system: You are a helpful assistant.
user:
Analyze the provided spectrum to determine if it is a **M-type Giant (gM)**.

A M-type Giant spectrum is defined by its **strong molecular absorption** features, particularly from **Titanium Oxide (TiO)**. You must check for one of the following mutually exclusive signatures:

- **Key Visual Indicators (Absorption-Dominated Spectrum):**

    - **(Primary):** The spectrum is dominated by strong molecular absorption from **Titanium Oxide (TiO)**. This is the **defining feature** of its M-type temperature class.
        - **(Key Bandheads):** Look for sharp, "saw-tooth" absorption valleys. The strongest are located near **~7050 Å**, **~6160 Å**, and **~5170 Å**.
        - **(Line Profile):** The "saw-tooth" morphology is critical: a **sharp, steep drop on the BLUE (short-wavelength) side** of the bandhead, followed by a gradual recovery (rising flux) towards the RED (long-wavelength) side.

    - **(Key Confirmation - Giant vs. Dwarf):** **ABSENCE** of strong **Calcium Hydride (CaH)** molecular bands. This is the primary diagnostic for *excluding* M-dwarfs.
        - **(Key Region):** The spectrum should lack the strong, broad absorption band seen in dwarfs between **~6800 Å and ~7000 Å**.

    - **(Secondary Confirmation - Giant):** A very strong and broad **Neutral Calcium (Ca I)** atomic absorption line.
        - **(Key Line):** Located at **~4226 Å**. In a giant (gM), this line is significantly deeper and broader than the same line in an M-dwarf (dM) due to low surface gravity.

    - **(Overall Spectrum):**
        - The continuum is **extremely red-sloping** (i.e., flux is very low in the blue and rises dramatically towards the red).
        - The entire spectrum appears "chopped up" by the deep TiO bands.

Think first, call **spectral_visualization_tool** if needed to examine features in detail, then provide your final answer. Your response must adhere to the following strict rules:
1.  **Overall Structure:** Your response must follow the format `<think>...</think> <tool_call>...</tool_call> (if a tool is used) <answer>...</answer>`.
2.  **Tool Usage Constraint:** You may only make **one** tool call per turn.
3.  **Final Answer Format:** In the `<answer>` tag, your conclusion must be inside a `\boxed{}` command (e.g., `\boxed{YES}` or `\boxed{NO}`), followed by your justification.

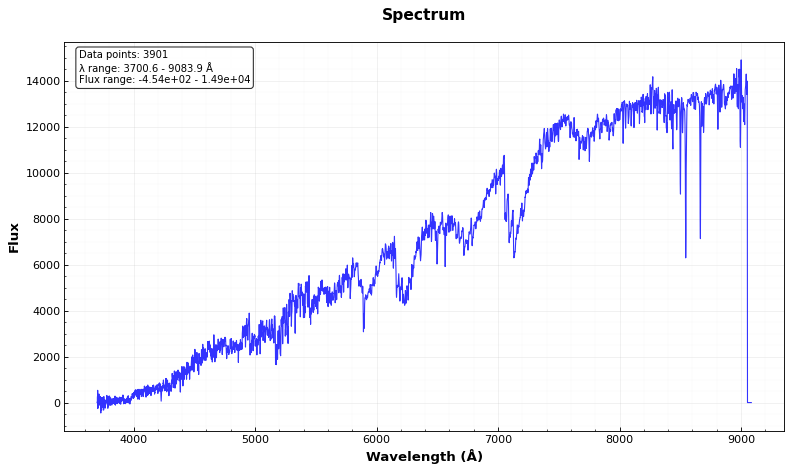
Answer: YES